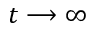
t \longrightarrow \infty